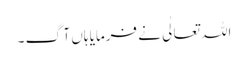
اللہ تعالٰی نے فرمایا ہاں آگ ۔